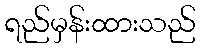
ရည်မှန်းထားသည်